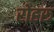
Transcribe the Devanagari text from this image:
रोहरू